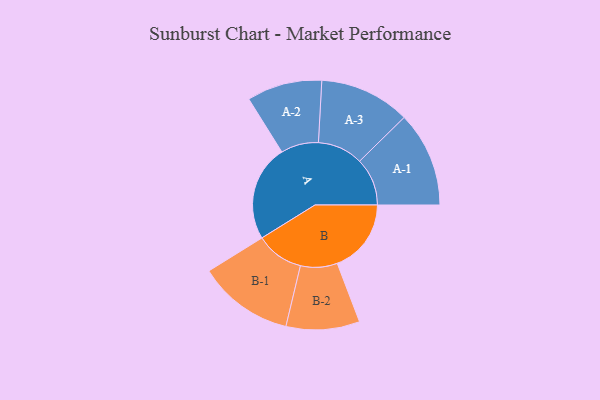
{"axis": {"x": "Segment", "y": "Value"}, "legend": ["", "A", "B"], "data": [{"x": "A", "y": 460, "type": ""}, {"x": "B", "y": 354, "type": ""}, {"x": "A-1", "y": 228, "type": "A"}, {"x": "A-2", "y": 180, "type": "A"}, {"x": "A-3", "y": 217, "type": "A"}, {"x": "B-1", "y": 229, "type": "B"}, {"x": "B-2", "y": 176, "type": "B"}]}